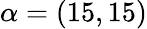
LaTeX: \alpha=(15,15)